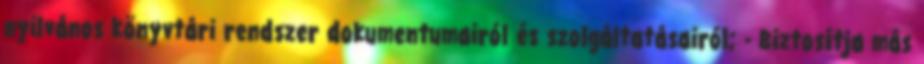
nyilvános könyvtári rendszer dokumentumairól és szolgáltatásairól; - Biztosítja más